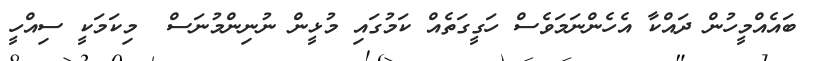
ބައެއްމީހުން ދައްކާ އެހެންނަމަވެސް ހަގީގަތެއް ކަމުގައި މުޅީން ނުނިންމުނަސް  މިކަމަކީ ސިއްހީ